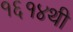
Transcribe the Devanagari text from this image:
१६१४थी